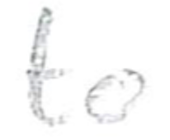
Text: to
Cross-out: clean
Writing tool: pencil